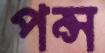
পন্স